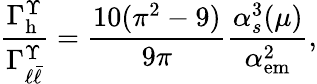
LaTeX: \frac{\Gamma_{\mathrm{h}}^{\Upsilon}}{\Gamma_{\ell\bar{\ell}}^{\Upsilon}}=\frac{10(\pi^{2}-9)}{9\pi}\frac{\alpha_{s}^{3}(\mu)}{\alpha_{\mathrm{em}}^{2}},